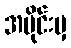
အပိုင်းမှ